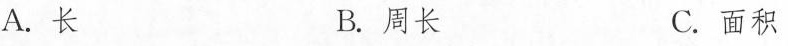
A.长 B.周长 C.面积